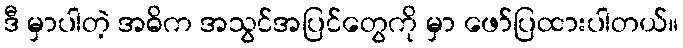
ဒီ မှာပါတဲ့ အဓိက အသွင်အပြင်တွေကို မှာ ဖော်ပြထားပါတယ်။